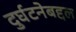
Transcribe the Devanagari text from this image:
दुर्घटनेबद्दल